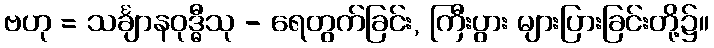
ဗဟု = သင်္ချာနဝုဒ္ဓီသု - ရေတွက်ခြင်း, ကြီးပွား များပြားခြင်းတို့၌။